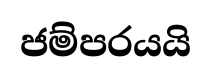
ජම්පරයයි